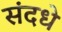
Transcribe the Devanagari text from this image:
संदधे